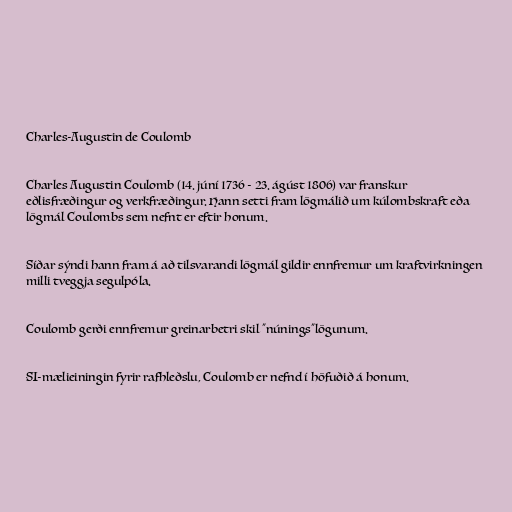
Charles-Augustin de Coulomb

Charles Augustin Coulomb (14. júní 1736 - 23. ágúst 1806) var franskur
eðlisfræðingur og verkfræðingur. Hann setti fram lögmálið um kúlombskraft eða
lögmál Coulombs sem nefnt er eftir honum.

Síðar sýndi hann fram á að tilsvarandi lögmál gildir ennfremur um kraftvirkningen
milli tveggja segulpóla.

Coulomb gerði ennfremur greinarbetri skil "núnings"lögunum.

SI-mælieiningin fyrir rafhleðslu, Coulomb er nefnd í höfuðið á honum.